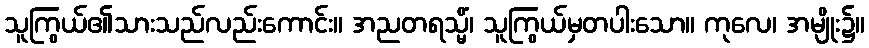
သူကြွယ်၏သားသည်လည်းကောင်း။ အညတရသ္မိံ၊ သူကြွယ်မှတပါးသော။ ကုလေ၊ အမျိုး၌။